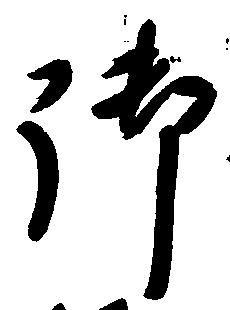
御